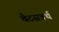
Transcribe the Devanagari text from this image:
चैटसवर्थ